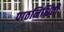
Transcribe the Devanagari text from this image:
पाठनिश्चिती